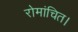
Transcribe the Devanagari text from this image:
रोमांचित।